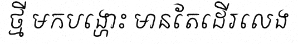
ថ្មី មកបង្ហោះ មានតែដើរលេង